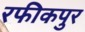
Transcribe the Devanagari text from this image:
रफीकपुर